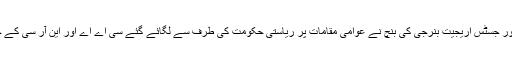
چیف جسٹس ٹی بی این رادھا کرشنن اور جسٹس اریجیت بنرجی کی بنچ نے عوامی مقامات پر ریاستی حکومت کی طرف سے لگائے گئے سی اے اے اور این آر سی کے خلاف اشتہار ہٹانے کی ہدایت دی ہے۔